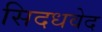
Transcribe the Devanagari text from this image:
सिदधवेद